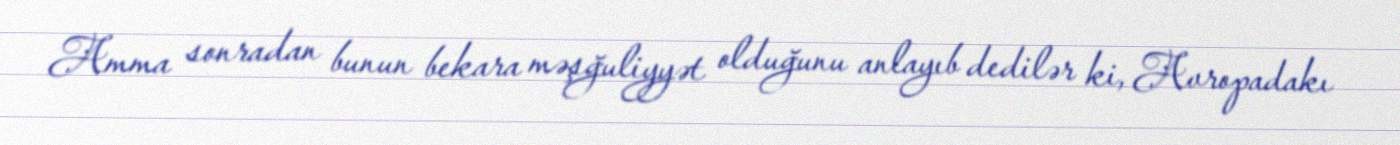
Amma sonradan bunun bekara məşğuliyyət olduğunu anlayıb dedilər ki, Avropadakı